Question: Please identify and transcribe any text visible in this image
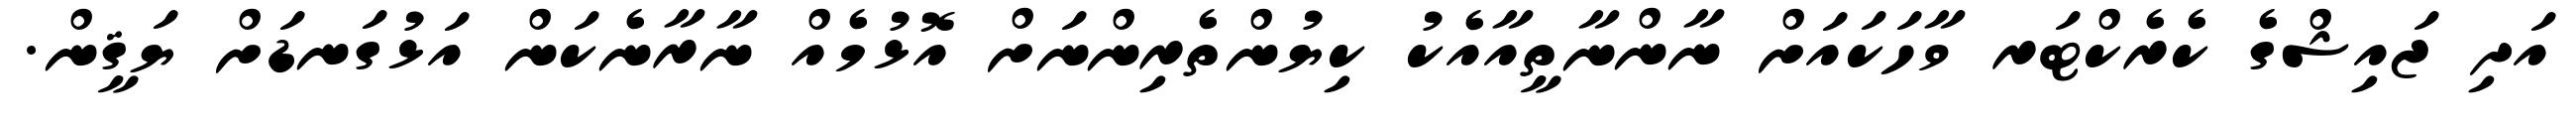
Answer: އަދި ޖައިޝްގެ ކެރެކްޓަރ ވާހަކައަށް ނާންނާތީއާއެކު ކިޔުންތެރިންނަށް އޮޅުމެއް ނާރާނެކަން އަޅުގަނޑަށް ޔަޤީން.